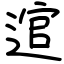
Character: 逭